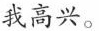
我高兴。